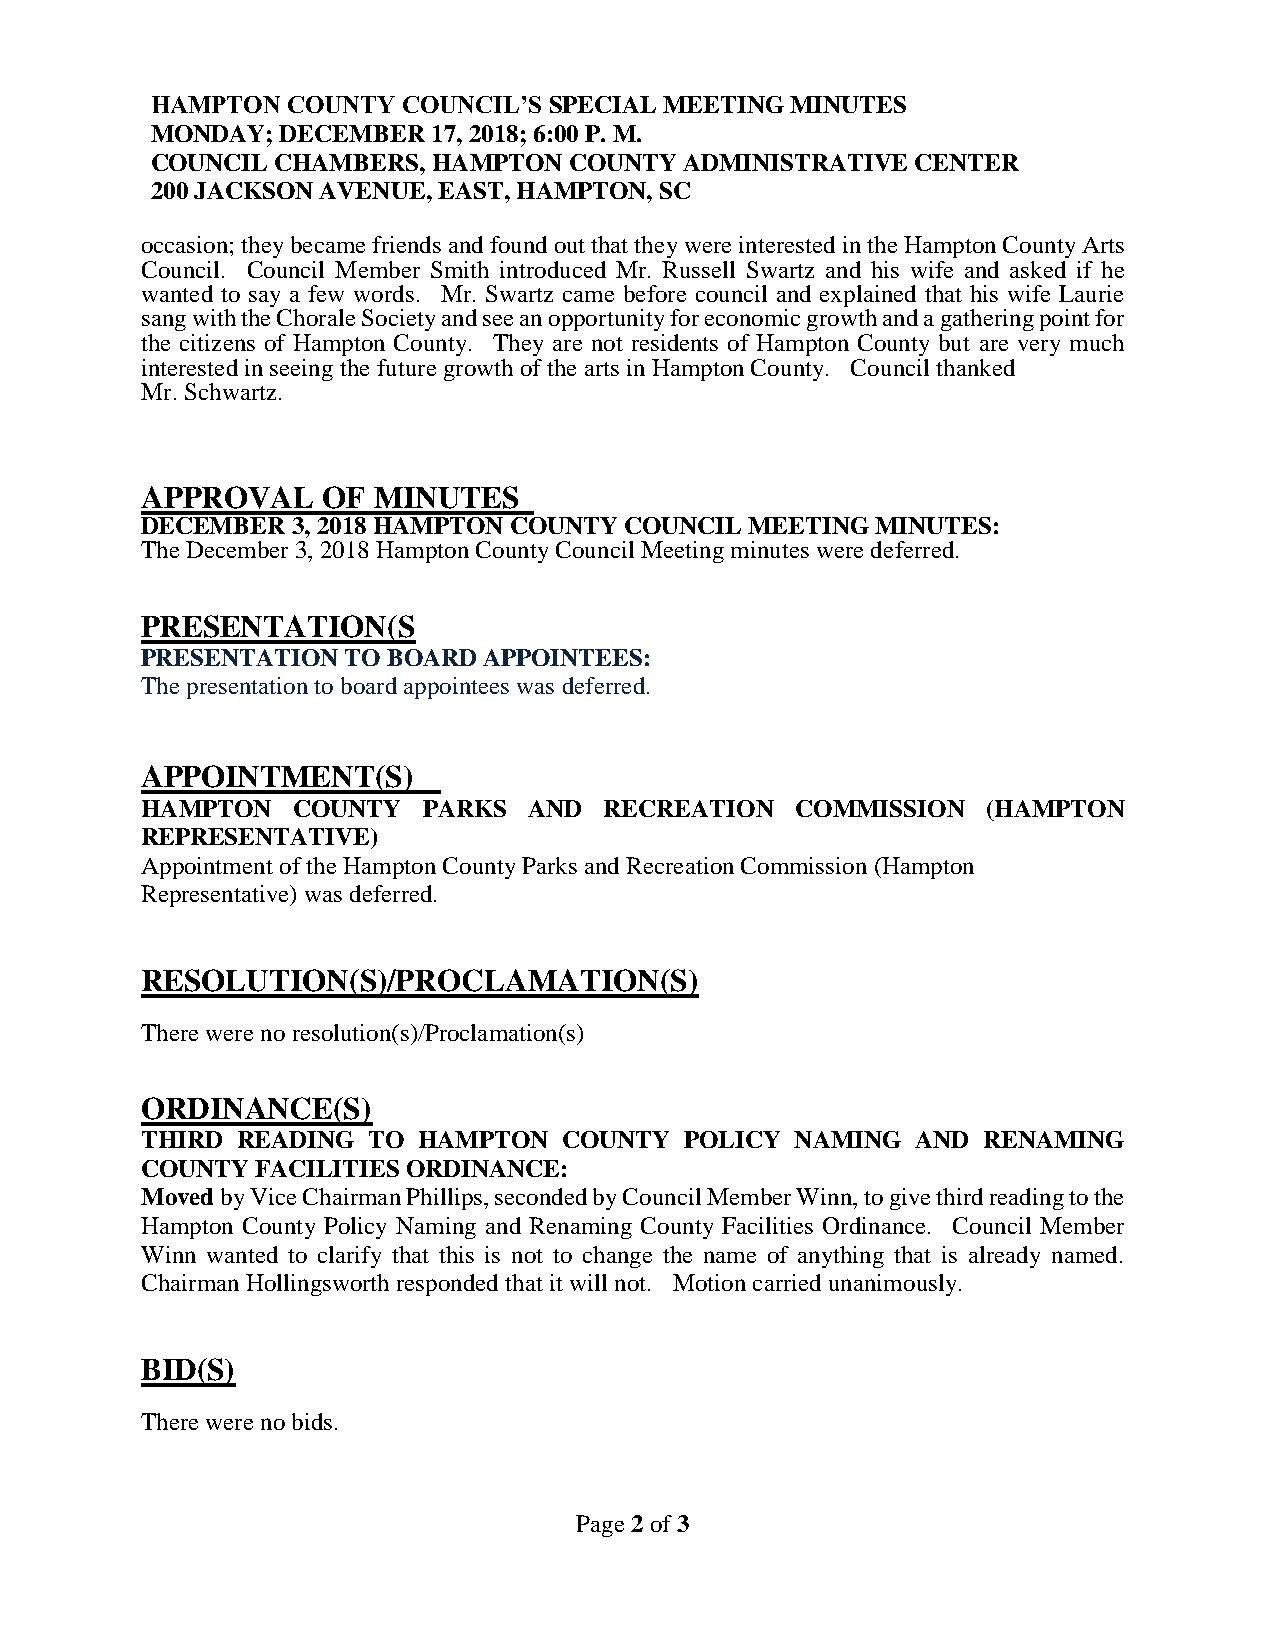
HAMPTON  COUNTY  COUNCIL’S SPECIAL MEETING MINUTES
 MONDAY;  DECEMBER  17, 2018; 6:00 P. M.
 COUNCIL CHAMBERS,  HAMPTON  COUNTY ADMINISTRATIVE  CENTER
 200 JACKSON AVENUE, EAST, HAMPTON, SC
 occasion; they became friends and found out that they were interested in the Hampton County Arts
 Council. Council Member Smith introduced Mr. Russell Swartz and his wife and asked if he
 wanted to say a few words. Mr. Swartz came before council and explained that his wife Laurie
 sang with the Chorale Society and see an opportunity for economic growth and a gathering point for
 the citizens of Hampton County. They are not residents of Hampton County but are very much
 interested in seeing the future growth of the arts in Hampton County. Council thanked
 Mr. Schwartz.
 APPROVAL    OF  MINUTES
 DECEMBER  3, 2018 HAMPTON COUNTY COUNCIL MEETING MINUTES:
 The December 3, 2018 Hampton County Council Meeting minutes were deferred.
 PRESENTATION(S
 PRESENTATION  TO BOARD APPOINTEES:
 The presentation to board appointees was deferred.
 APPOINTMENT(S)
 HAMPTON   COUNTY   PARKS  AND  RECREATION   COMMISSION  (HAMPTON
 REPRESENTATIVE)
 Appointment of the Hampton County Parks and Recreation Commission (Hampton
 Representative) was deferred.
 RESOLUTION(S)/PROCLAMATION(S)
 There were no resolution(s)/Proclamation(s)
 ORDINANCE(S)
 THIRD  READING TO  HAMPTON  COUNTY  POLICY  NAMING  AND RENAMING
 COUNTY  FACILITIES ORDINANCE:
 Moved by Vice Chairman Phillips, seconded by Council Member Winn, to give third reading to the
 Hampton County Policy Naming and Renaming County Facilities Ordinance. Council Member
 Winn wanted to clarify that this is not to change the name of anything that is already named.
 Chairman Hollingsworth responded that it will not. Motion carried unanimously.
 BID(S)
 There were no bids.
 Page 2 of 3